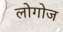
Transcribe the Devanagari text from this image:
लोगोज